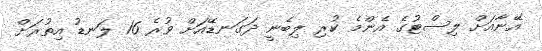
އޭނާއަށް ލިސްޓުގެ އެންމެ ކުރި ލިބެނީ ދަގަނޑޭއަށް ވުރެ 16 ލަނޑު އިތުރަށް